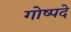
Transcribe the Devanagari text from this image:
गोष्पदे